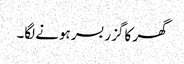
گھر کا گزر بسر ہونے لگا۔